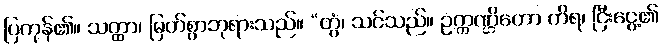
ပြကုန်၏။ သတ္ထာ၊ မြတ်စွာဘုရားသည်။ “တွံ၊ သင်သည်။ ဥက္ကဏ္ဌိတော ကိရ၊ ငြီးငွေ့၏